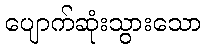
ပျောက်ဆုံးသွားသော